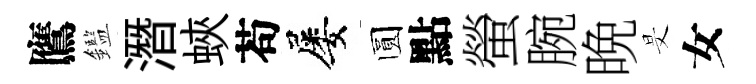
鷹鑑潛蛺苟屡圆點螢腕晩旻女